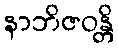
နာဘိဇဝန္တိ